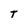
Character: T